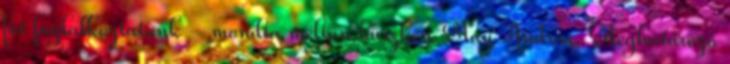
fôt foglalkoztatunk – mondta méltán büszkén May András. Meghatározó